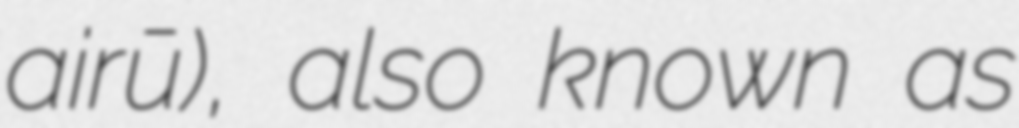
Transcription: airū), also known as